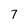
Character: 7